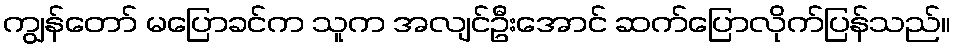
ကျွန်တော် မပြောခင်က သူက အလျင်ဦးအောင် ဆက်ပြောလိုက်ပြန်သည်။